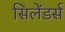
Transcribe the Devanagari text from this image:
सिलेंडर्स